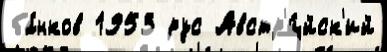
ба́нков 1953 рус Австр'и́йск'ий